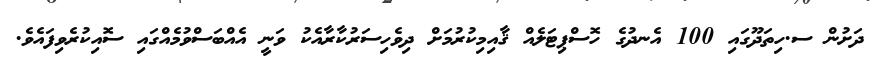
ދަށުން ސ.ހިތަދޫގައި 100 އެނދުގެ ހޮސްޕިޓަލެއް ޤާއިމިކުރުމަށް ދިވެހިސަރުކާރާއެކު ވަނީ އެއްބަސްވުމެއްގައި ސޮއިކުރެވިފައެވެ.